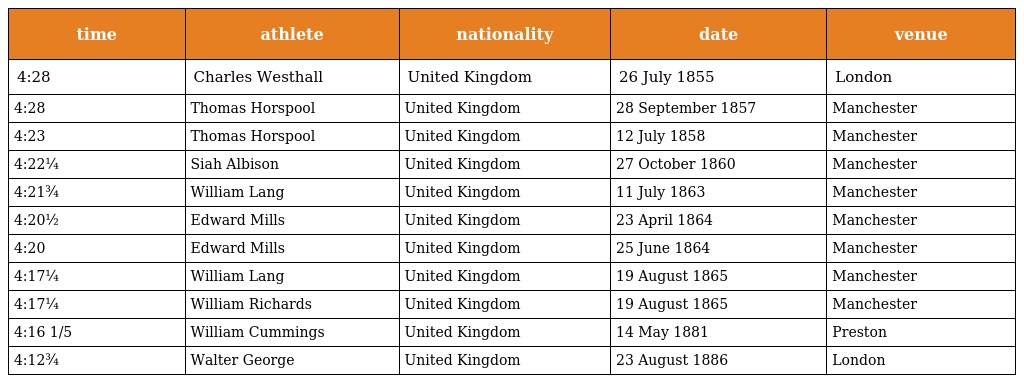
| time | athlete | nationality | date | venue |
 | --- | --- | --- | --- | --- |
 | 4:28 | Charles Westhall | United Kingdom | 26 July 1855 | London |
 | 4:28 | Thomas Horspool | United Kingdom | 28 September 1857 | Manchester |
 | 4:23 | Thomas Horspool | United Kingdom | 12 July 1858 | Manchester |
 | 4:22¼ | Siah Albison | United Kingdom | 27 October 1860 | Manchester |
 | 4:21¾ | William Lang | United Kingdom | 11 July 1863 | Manchester |
 | 4:20½ | Edward Mills | United Kingdom | 23 April 1864 | Manchester |
 | 4:20 | Edward Mills | United Kingdom | 25 June 1864 | Manchester |
 | 4:17¼ | William Lang | United Kingdom | 19 August 1865 | Manchester |
 | 4:17¼ | William Richards | United Kingdom | 19 August 1865 | Manchester |
 | 4:16 1/5 | William Cummings | United Kingdom | 14 May 1881 | Preston |
 | 4:12¾ | Walter George | United Kingdom | 23 August 1886 | London |